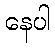
နေပါ